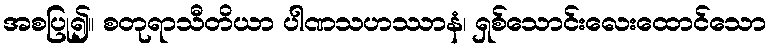
အစပြု၍။ စတုရာသီတိယာ ပါဏသဟဿာနံ၊ ရှစ်သောင်းလေးထောင်သော